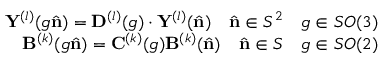
\begin{array} { r } { \mathbf { Y } ^ { ( l ) } ( g \hat { \mathbf { n } } ) = \mathbf { D } ^ { ( l ) } ( g ) \cdot \mathbf { Y } ^ { ( l ) } ( \hat { \mathbf { n } } ) \quad \hat { \mathbf { n } } \in S ^ { 2 } \quad g \in S O ( 3 ) } \\ { \mathbf { B } ^ { ( k ) } ( g \hat { \mathbf { n } } ) = \mathbf { C } ^ { ( k ) } ( g ) \mathbf { B } ^ { ( k ) } ( \hat { \mathbf { n } } ) \quad \hat { \mathbf { n } } \in S \quad g \in S O ( 2 ) } \end{array}